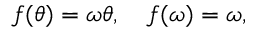
f ( \theta ) = \omega \theta , \quad f ( \omega ) = \omega ,